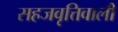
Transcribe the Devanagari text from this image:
सहजवृत्तिवाली